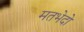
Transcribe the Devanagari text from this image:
मतभेदो